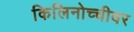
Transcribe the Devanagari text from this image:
किलिनोच्चीवर